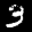
Label: 3